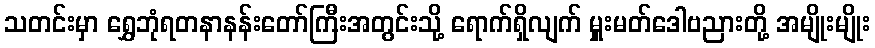
သတင်းမှာ ရွှေဘုံရတနာနန်းတော်ကြီးအတွင်းသို့ ရောက်ရှိလျက် မှူးမတ်ဒေါဗညားတို့ အမျိုးမျိုး